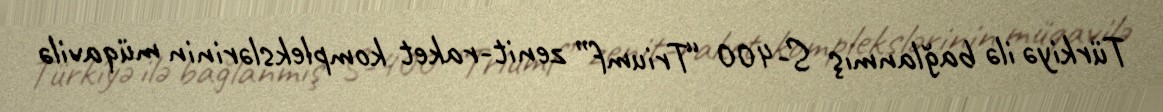
Türkiyə ilə bağlanmış S-400 “Triumf” zenit-raket komplekslərinin müqavilə